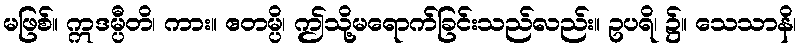
မဖြစ်။ ဣဒမ္ပီတိ၊ ကား။ ဧတမ္ပိ၊ ဤသို့မရောက်ခြင်းသည်လည်း။ ဥပရိ၊ ၌။ သေသာနိ၊